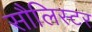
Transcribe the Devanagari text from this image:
सौलिस्टर